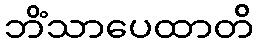
ဘိံသာပေထာတိ